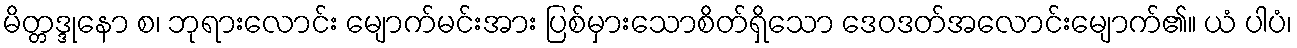
မိတ္တဒ္ဒုနော စ၊ ဘုရားလောင်း မျောက်မင်းအား ပြစ်မှားသောစိတ်ရှိသော ဒေဝဒတ်အလောင်းမျောက်၏။ ယံ ပါပံ၊